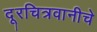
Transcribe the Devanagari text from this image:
दूरचित्रवानीचे